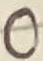
Text: 0